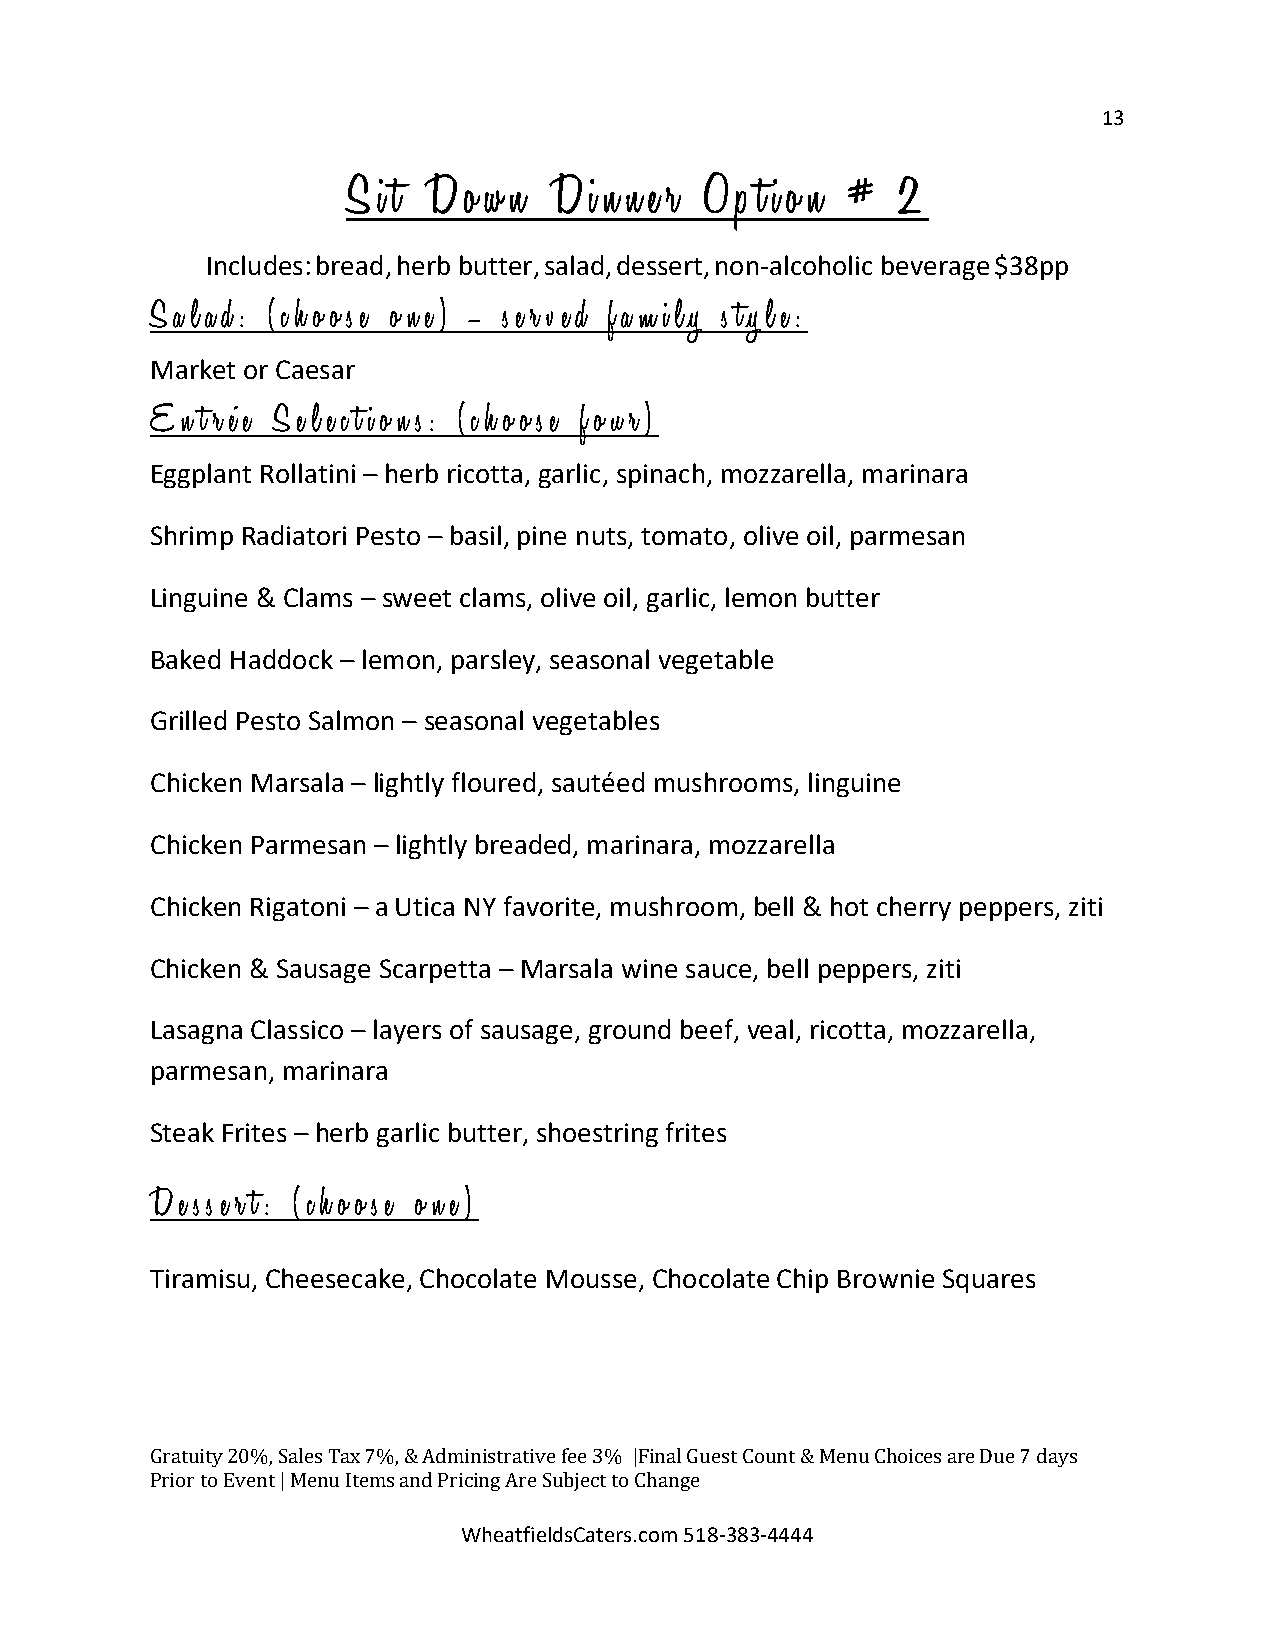
13
 S i t D o w n D i n n e r O p t i o n # 2
 Includes:bread,herb butter,salad,dessert,non-alcoholic beverage$38pp
 S a l a d : ( c h o o s e o n e ) – s e r v e d f a m i l y s t y l e:
 Market or Caesar
 E n t r é e S e l e c t i o n s : ( c h o o s e f o u r )
 Eggplant Rollatini – herb ricotta, garlic, spinach, mozzarella, marinara
 Shrimp Radiatori Pesto – basil, pine nuts, tomato, olive oil, parmesan
 Linguine & Clams – sweet clams, olive oil, garlic, lemon butter
 Baked Haddock – lemon, parsley, seasonal vegetable
 Grilled Pesto Salmon – seasonal vegetables
 Chicken Marsala – lightly floured, sautéed mushrooms, linguine
 Chicken Parmesan – lightly breaded, marinara, mozzarella
 Chicken Rigatoni – a Utica NY favorite, mushroom, bell & hot cherry peppers, ziti
 Chicken & Sausage Scarpetta – Marsala wine sauce, bell peppers, ziti
 Lasagna Classico – layers of sausage, ground beef, veal, ricotta, mozzarella,
 parmesan, marinara
 Steak Frites – herb garlic butter, shoestring frites
 D e s s e r t : ( c h o o s e o n e )
 Tiramisu, Cheesecake, Chocolate Mousse, Chocolate Chip Brownie Squares
 G ratuity 20%, Sales Tax 7%, & Administrative fee 3% |Final Guest Count & Menu Choices are Due 7 days
 Prior to Event | Menu Items and Pri Wcin hg
 e
 aA tr fe
 ie
 S ldub sCje ac tt
 e
 t ro
 s
 .C ch oa mn g 5e
 1 8 -383-4444